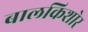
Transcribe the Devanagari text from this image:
बालकिशोर